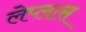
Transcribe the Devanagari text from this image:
लेप्लास